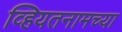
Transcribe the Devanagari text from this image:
व्हियतनामच्या